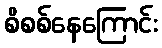
စိစစ်နေကြောင်း